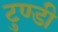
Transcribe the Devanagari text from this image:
टुण्डी